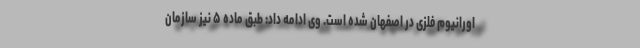
اورانیوم فلزی در اصفهان شده است. وی ادامه داد: طبق ماده ۵ نیز سازمان